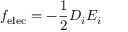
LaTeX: f _ { \mathrm { e l e c } } = - { \frac { 1 } { 2 } } D _ { i } E _ { i }